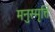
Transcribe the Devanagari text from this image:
मनुस्मृत्ति